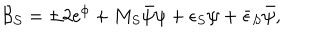
LaTeX: { \cal B _ { S } } = \pm 2 e ^ { \phi } + M _ { S } \bar { \psi } \psi + \epsilon _ { S } \psi + \bar { \epsilon } _ { S } \bar { \psi } ,